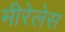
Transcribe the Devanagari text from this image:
मीरेलेस